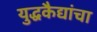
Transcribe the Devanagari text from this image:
युद्धकैद्यांचा